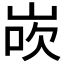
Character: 𪨸